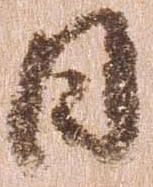
日